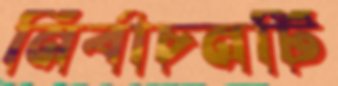
নির্বাচনটি